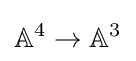
\mathbb {A} ^{4}\to \mathbb {A} ^{3}